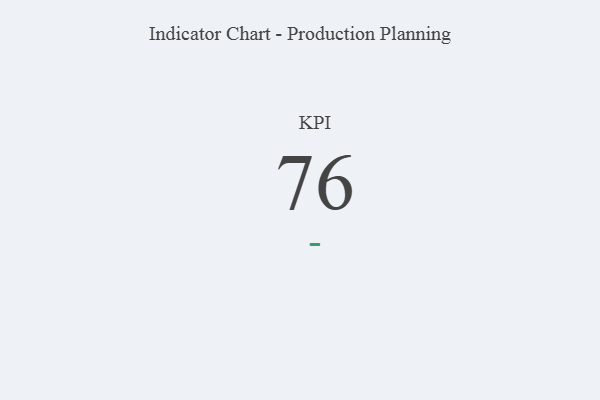
{"axis": {"x": "KPI", "y": "Value"}, "legend": [""], "data": [{"x": "KPI", "y": 76, "type": ""}]}